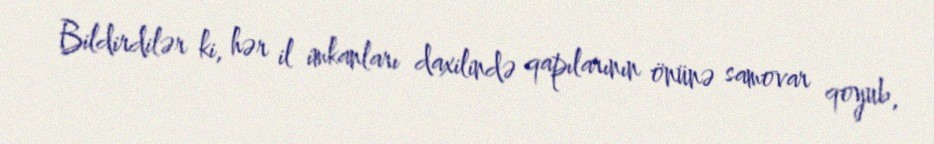
Bildirdilər ki, hər il imkanları daxilində qapılarının önünə samovar qoyub,